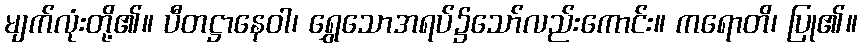
မျက်လုံးတို့၏။ ပီတဋ္ဌာနေဝါ၊ ရွှေသောအရပ်၌သော်လည်းကောင်း။ ကရောတိ၊ ပြု၏။